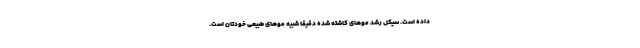
داده است. سیکل رشد موهای کاشته شده دقیقا شبیه موهای طبیعی خودتان است.